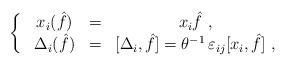
\begin{align*}\left\{~\begin{array}{ccc}x_i( \hat f) &=& x_i {\hat f}~, \\\Delta_i ( {\hat f}) &=& [\Delta_i, {\hat f}]=\theta^{-1} \,\varepsilon_{ij} [x_i, {\hat f}]~,\end{array}\right.\end{align*}